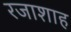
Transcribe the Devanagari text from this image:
रजाशाह